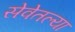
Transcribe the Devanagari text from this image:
सेवेतल्या